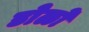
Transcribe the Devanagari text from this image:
डोळो